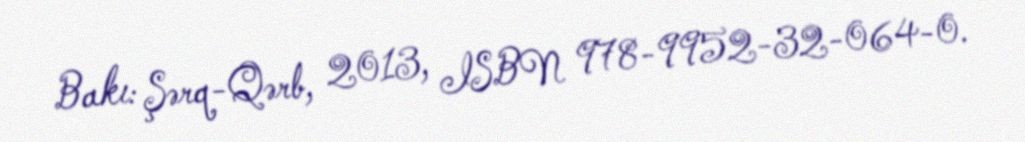
Bakı: Şərq-Qərb, 2013, ISBN 978-9952-32-064-0.